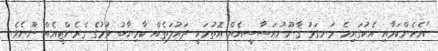
"އެހެންކަމާއި އެކުގައިމެ ރަނގަޅު ޤާނޫނުއަސާސީއެއް އޮތުމަކީ ދައުލަތެއް ކާމިޔާބު ވުމުގެ ގެރެންޓީއެއް ނޫނެވެ.